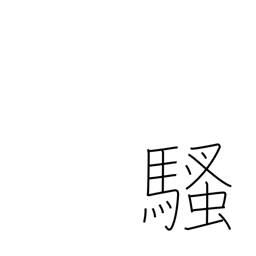
Meaning: bother